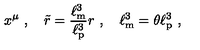
x ^ { \mu } \ , \quad \tilde { r } = \frac { \ell _ { \mathrm { m } } ^ { 3 } } { \ell _ { \mathrm { p } } ^ { 3 } } r \ , \quad \ell _ { \mathrm { m } } ^ { 3 } = \theta \ell _ { \mathrm { p } } ^ { 3 } \ ,